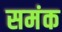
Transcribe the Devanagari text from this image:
समंक